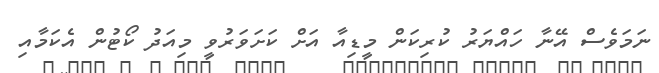
ނަމަވެސް އޭނާ ހައްޔަރު ކުރިކަން މީޑިއާ އަށް ކަށަވަރުވީ މިއަދު ކޯޓުން އެކަމާއި